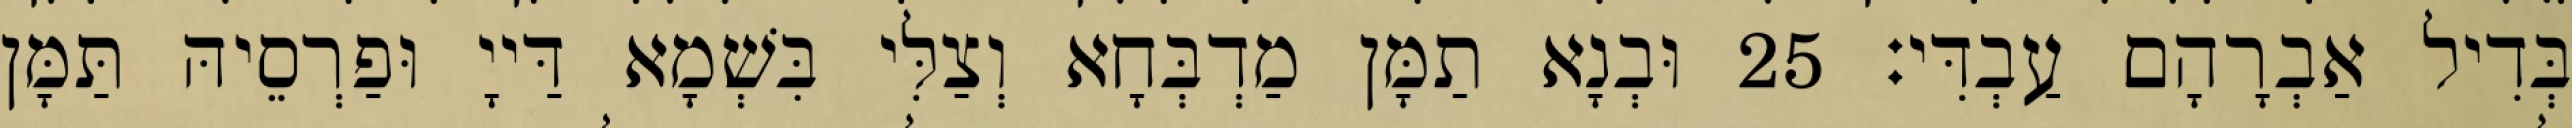
בְּדִיל אַבְרָהָם עַבְדִּי׃ 25 וּבְנָא תַמָּן מַדְבְּחָא וְצַלִּי בִּשְׁמָא דַּייָ וּפַרְסֵיהּ תַּמָּן